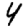
Digit: 4